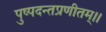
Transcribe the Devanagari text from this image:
पुष्पदन्तप्रणीतम्।।